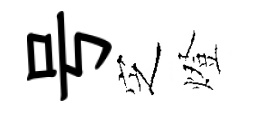
号㝎燈